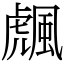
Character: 䬌